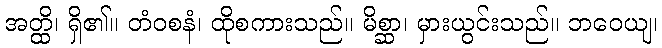
အတ္ထိ၊ ရှိ၏။ တံဝစနံ၊ ထိုစကားသည်။ မိစ္ဆာ၊ မှားယွင်းသည်။ ဘဝေယျ၊